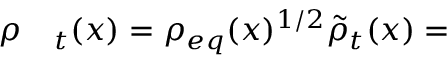
\begin{array} { r l } { \rho } & { { } _ t ( x ) = \rho _ { e q } ( x ) ^ { 1 / 2 } \tilde { \rho } _ { t } ( x ) = } \end{array}